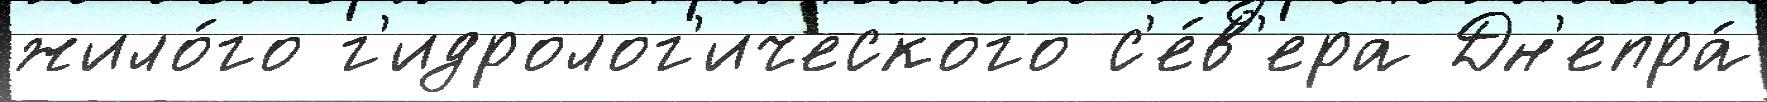
жило́го г'идролог'ического с'е́в'ера Дн'епра́